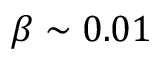
\beta \sim 0 . 0 1